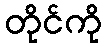
တိုင်ကို